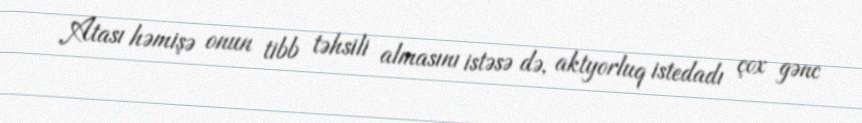
Atası həmişə onun tibb təhsili almasını istəsə də, aktyorluq istedadı çox gənc